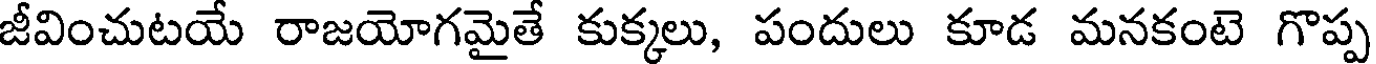
జీవించుటయే రాజయోగమైతే కుక్కలు, పందులు కూడ మనకంటె గొప్ప